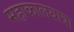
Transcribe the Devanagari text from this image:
महाकालयात्रा